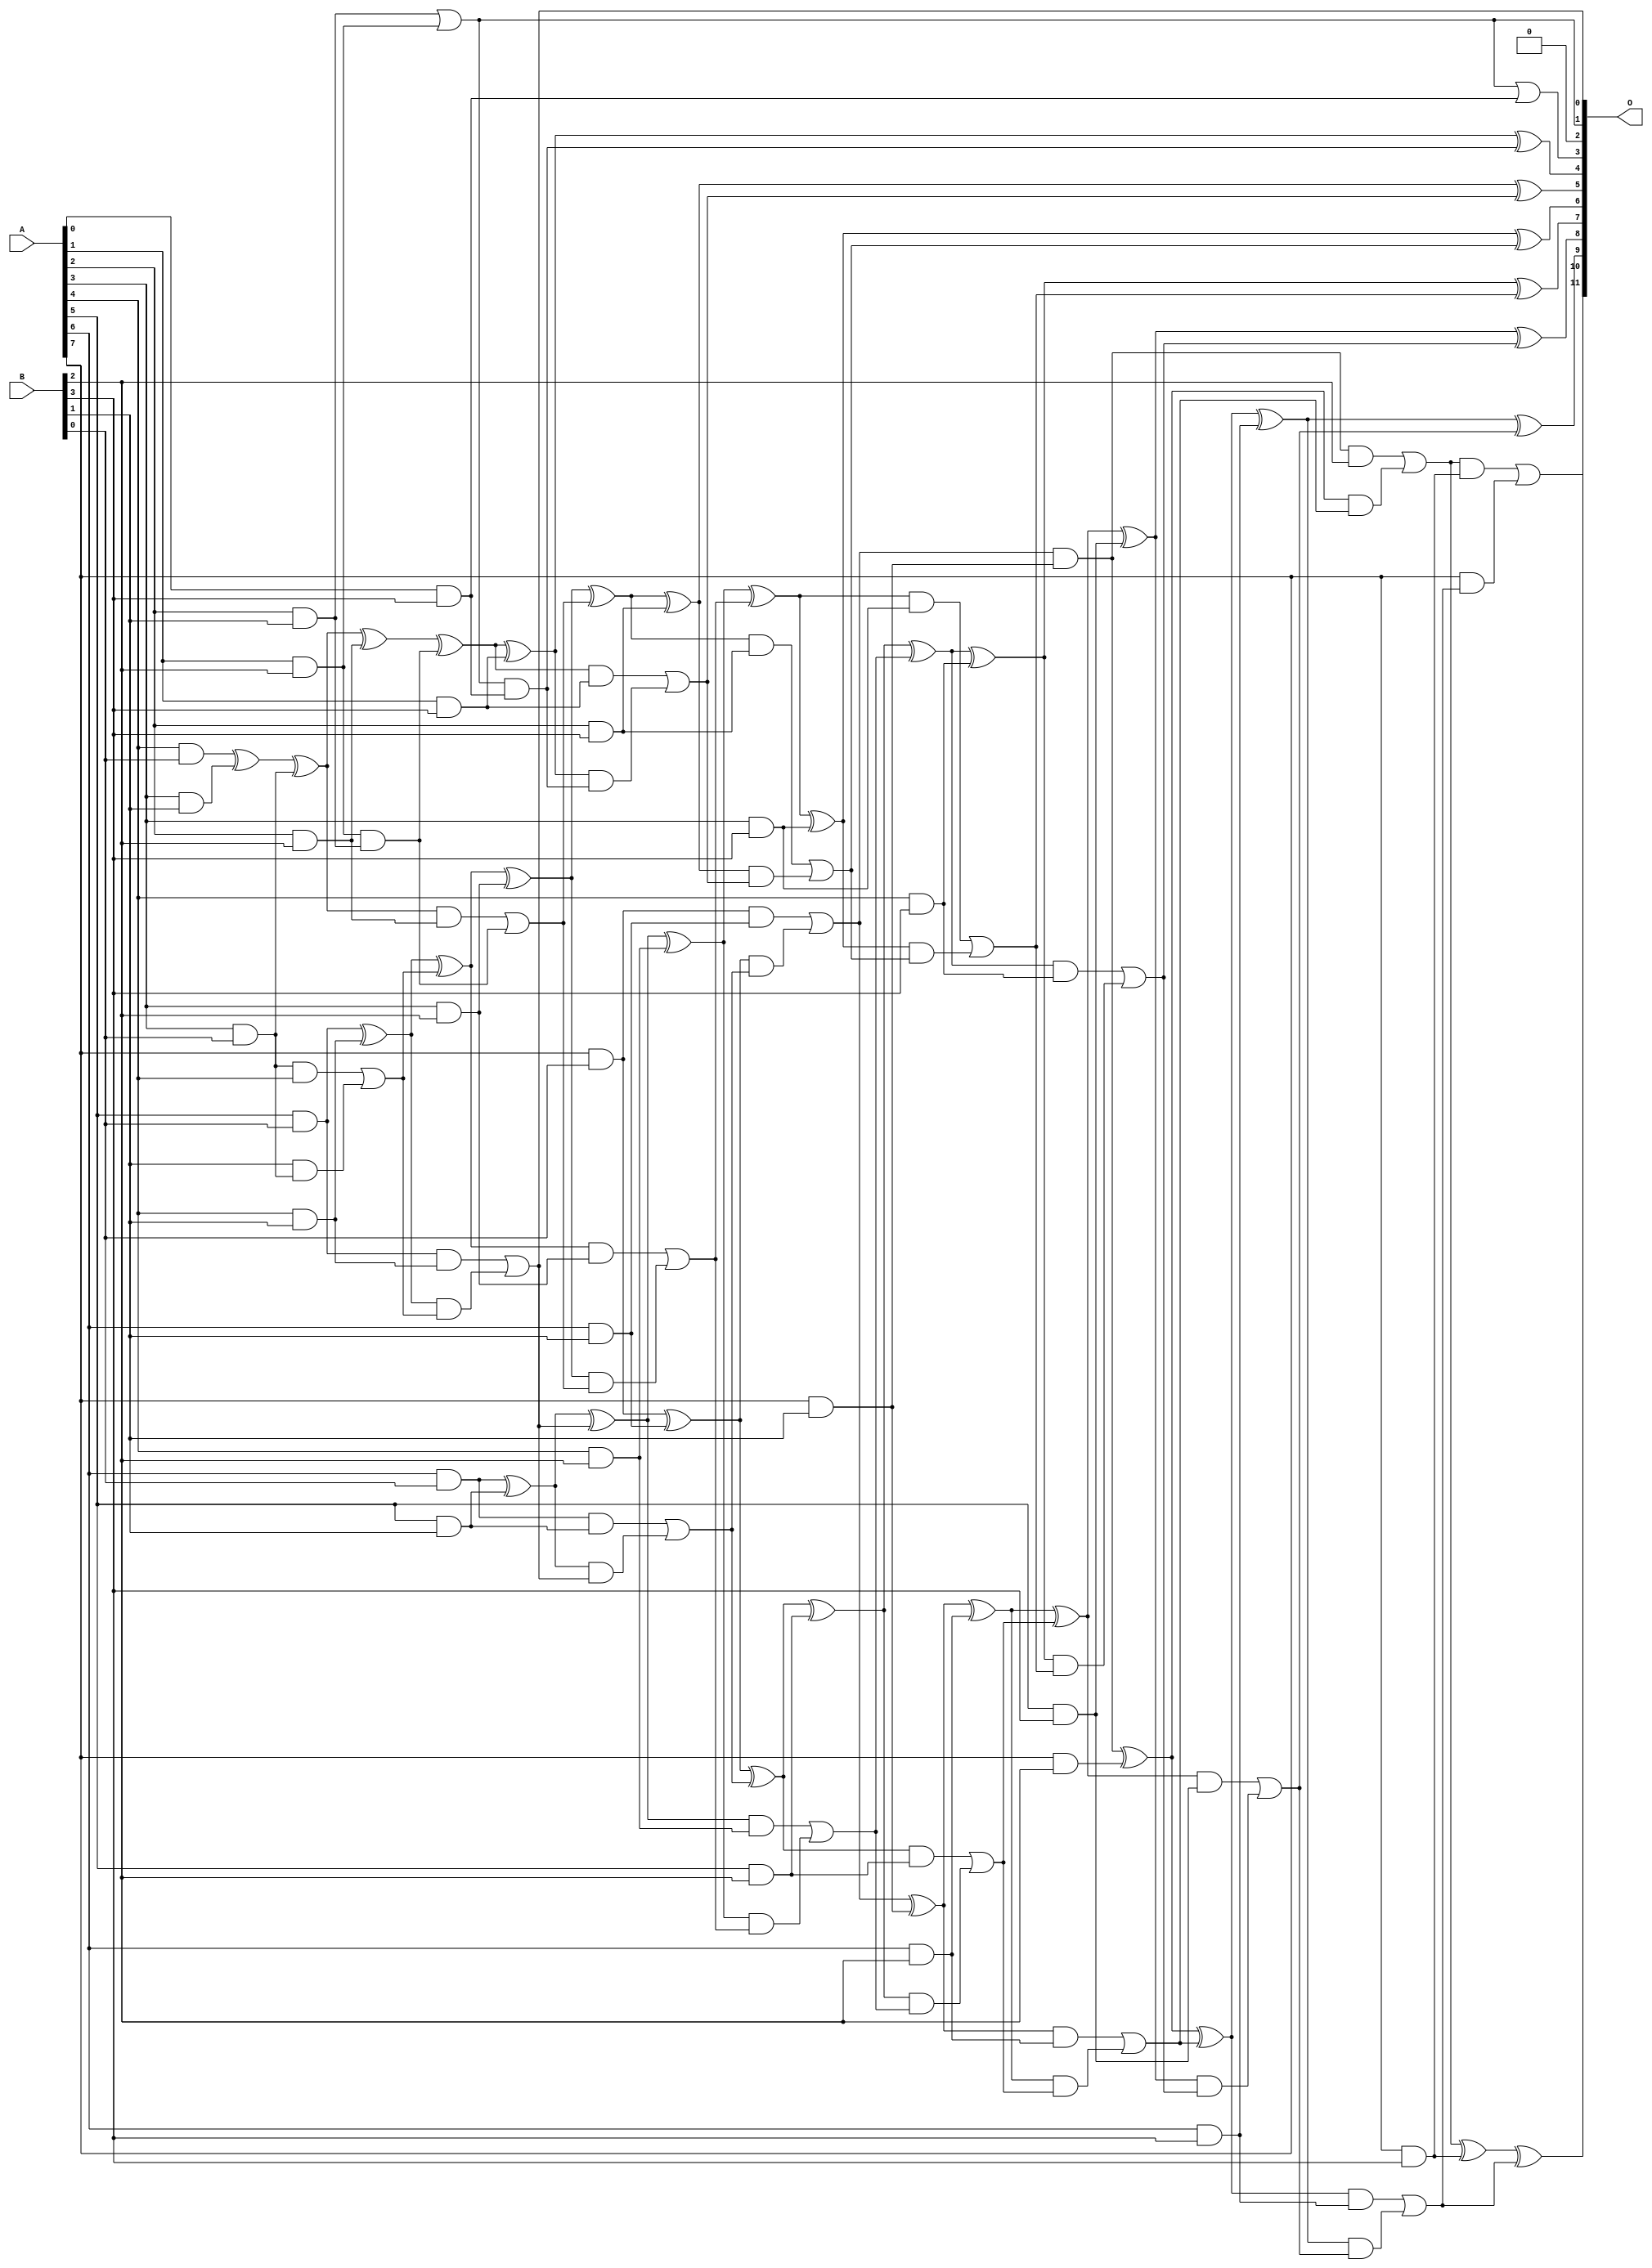
// This program was cloned from: https://github.com/ehw-fit/evoapproxlib
// License: MIT License

/***
* This code is a part of EvoApproxLib library (ehw.fit.vutbr.cz/approxlib) distributed under The MIT License.
* When used, please cite the following article(s): V. Mrazek, L. Sekanina, Z. Vasicek "Libraries of Approximate Circuits: Automated Design and Application in CNN Accelerators" IEEE Journal on Emerging and Selected Topics in Circuits and Systems, Vol 10, No 4, 2020 
* This file contains a circuit from a sub-set of pareto optimal circuits with respect to the pwr and wce parameters
***/
// MAE% = 0.082 %
// MAE = 3.3 
// WCE% = 0.29 %
// WCE = 12 
// WCRE% = 100.00 %
// EP% = 73.34 %
// MRE% = 1.86 %
// MSE = 20 
// PDK45_PWR = 0.110 mW
// PDK45_AREA = 263.3 um2
// PDK45_DELAY = 0.88 ns

module mul8x4u_3BJ (
    A,
    B,
    O
);

input [7:0] A;
input [3:0] B;
output [11:0] O;

wire sig_14,sig_15,sig_16,sig_17,sig_18,sig_19,sig_21,sig_24,sig_25,sig_26,sig_27,sig_30,sig_40,sig_42,sig_43,sig_44,sig_45,sig_46,sig_47,sig_48;
wire sig_49,sig_50,sig_51,sig_52,sig_53,sig_54,sig_55,sig_56,sig_57,sig_58,sig_59,sig_60,sig_61,sig_63,sig_64,sig_65,sig_66,sig_67,sig_68,sig_69;
wire sig_72,sig_77,sig_78,sig_79,sig_80,sig_81,sig_82,sig_83,sig_84,sig_85,sig_86,sig_87,sig_88,sig_89,sig_90,sig_91,sig_92,sig_93,sig_94,sig_95;
wire sig_96,sig_97,sig_98,sig_99,sig_100,sig_101,sig_102,sig_103,sig_104,sig_105,sig_106,sig_107,sig_108,sig_109,sig_110,sig_111,sig_112,sig_113,sig_114,sig_115;
wire sig_116,sig_117,sig_118,sig_119,sig_120,sig_121,sig_122,sig_123,sig_124,sig_125,sig_126,sig_127,sig_128,sig_129,sig_130,sig_131,sig_132,sig_133,sig_134,sig_135;
wire sig_136,sig_137,sig_138,sig_139,sig_140,sig_141,sig_142,sig_143,sig_144,sig_145,sig_146,sig_147,sig_148,sig_149,sig_150,sig_151;

assign sig_14 = A[2] & B[1];
assign sig_15 = A[3] & B[0];
assign sig_16 = A[4] & B[0];
assign sig_17 = A[5] & B[0];
assign sig_18 = A[6] & B[0];
assign sig_19 = A[7] & B[0];
assign sig_21 = sig_15 & A[4];
assign sig_24 = A[4] & B[1];
assign sig_25 = A[5] & B[1];
assign sig_26 = A[6] & B[1];
assign sig_27 = A[7] & B[1];
assign sig_30 = A[3] & B[1];
assign sig_40 = sig_16 ^ sig_30;
assign sig_42 = B[1] & sig_15;
assign sig_43 = sig_40 ^ sig_15;
assign sig_44 = sig_21 | sig_42;
assign sig_45 = sig_17 ^ sig_24;
assign sig_46 = sig_17 & sig_24;
assign sig_47 = sig_45 & sig_44;
assign sig_48 = sig_45 ^ sig_44;
assign sig_49 = sig_46 | sig_47;
assign sig_50 = sig_18 ^ sig_25;
assign sig_51 = sig_18 & sig_25;
assign sig_52 = sig_50 & sig_49;
assign sig_53 = sig_50 ^ sig_49;
assign sig_54 = sig_51 | sig_52;
assign sig_55 = sig_19 ^ sig_26;
assign sig_56 = sig_19 & sig_26;
assign sig_57 = sig_55 & sig_54;
assign sig_58 = sig_55 ^ sig_54;
assign sig_59 = sig_56 | sig_57;
assign sig_60 = sig_59 & sig_27;
assign sig_61 = sig_59 ^ sig_27;
assign sig_63 = A[1] & B[2];
assign sig_64 = A[2] & B[2];
assign sig_65 = A[3] & B[2];
assign sig_66 = A[4] & B[2];
assign sig_67 = A[5] & B[2];
assign sig_68 = A[6] & B[2];
assign sig_69 = A[7] & B[2];
assign sig_72 = sig_14 | sig_63;
assign sig_77 = sig_43 ^ sig_64;
assign sig_78 = sig_43 & sig_64;
assign sig_79 = sig_63 & sig_14;
assign sig_80 = sig_77 ^ sig_79;
assign sig_81 = sig_78 | sig_79;
assign sig_82 = sig_48 ^ sig_65;
assign sig_83 = sig_48 & sig_65;
assign sig_84 = sig_82 & sig_81;
assign sig_85 = sig_82 ^ sig_81;
assign sig_86 = sig_83 | sig_84;
assign sig_87 = sig_53 ^ sig_66;
assign sig_88 = sig_53 & sig_66;
assign sig_89 = sig_87 & sig_86;
assign sig_90 = sig_87 ^ sig_86;
assign sig_91 = sig_88 | sig_89;
assign sig_92 = sig_58 ^ sig_67;
assign sig_93 = sig_58 & sig_67;
assign sig_94 = sig_92 & sig_91;
assign sig_95 = sig_92 ^ sig_91;
assign sig_96 = sig_93 | sig_94;
assign sig_97 = sig_61 ^ sig_68;
assign sig_98 = sig_61 & sig_68;
assign sig_99 = sig_97 & sig_96;
assign sig_100 = sig_97 ^ sig_96;
assign sig_101 = sig_98 | sig_99;
assign sig_102 = sig_60 ^ sig_69;
assign sig_103 = sig_60 & B[2];
assign sig_104 = sig_102 & sig_101;
assign sig_105 = sig_102 ^ sig_101;
assign sig_106 = sig_103 | sig_104;
assign sig_107 = A[0] & B[3];
assign sig_108 = A[1] & B[3];
assign sig_109 = A[2] & B[3];
assign sig_110 = A[3] & B[3];
assign sig_111 = A[4] & B[3];
assign sig_112 = A[5] & B[3];
assign sig_113 = A[6] & B[3];
assign sig_114 = A[7] & B[3];
assign sig_115 = sig_72 & sig_107;
assign sig_116 = sig_72 | sig_107;
assign sig_117 = sig_80 ^ sig_108;
assign sig_118 = sig_80 & sig_108;
assign sig_119 = sig_117 & sig_115;
assign sig_120 = sig_117 ^ sig_115;
assign sig_121 = sig_118 | sig_119;
assign sig_122 = sig_85 ^ sig_109;
assign sig_123 = sig_85 & sig_109;
assign sig_124 = sig_122 & sig_121;
assign sig_125 = sig_122 ^ sig_121;
assign sig_126 = sig_123 | sig_124;
assign sig_127 = sig_90 ^ sig_110;
assign sig_128 = sig_90 & sig_110;
assign sig_129 = sig_127 & sig_126;
assign sig_130 = sig_127 ^ sig_126;
assign sig_131 = sig_128 | sig_129;
assign sig_132 = sig_95 ^ sig_111;
assign sig_133 = sig_95 & sig_111;
assign sig_134 = sig_132 & sig_131;
assign sig_135 = sig_132 ^ sig_131;
assign sig_136 = sig_133 | sig_134;
assign sig_137 = sig_100 ^ sig_112;
assign sig_138 = sig_100 & sig_112;
assign sig_139 = sig_137 & sig_136;
assign sig_140 = sig_137 ^ sig_136;
assign sig_141 = sig_138 | sig_139;
assign sig_142 = sig_105 ^ sig_113;
assign sig_143 = sig_105 & sig_113;
assign sig_144 = sig_142 & sig_141;
assign sig_145 = sig_142 ^ sig_141;
assign sig_146 = sig_143 | sig_144;
assign sig_147 = sig_106 ^ sig_114;
assign sig_148 = sig_106 & sig_114;
assign sig_149 = A[7] & sig_146;
assign sig_150 = sig_147 ^ sig_146;
assign sig_151 = sig_148 | sig_149;

assign O[11] = sig_151;
assign O[10] = sig_150;
assign O[9] = sig_145;
assign O[8] = sig_140;
assign O[7] = sig_135;
assign O[6] = sig_130;
assign O[5] = sig_125;
assign O[4] = sig_120;
assign O[3] = sig_116;
assign O[2] = 1'b0;
assign O[1] = sig_72;
assign O[0] = sig_49;

endmodule